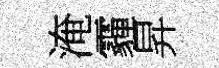
淹霾昇